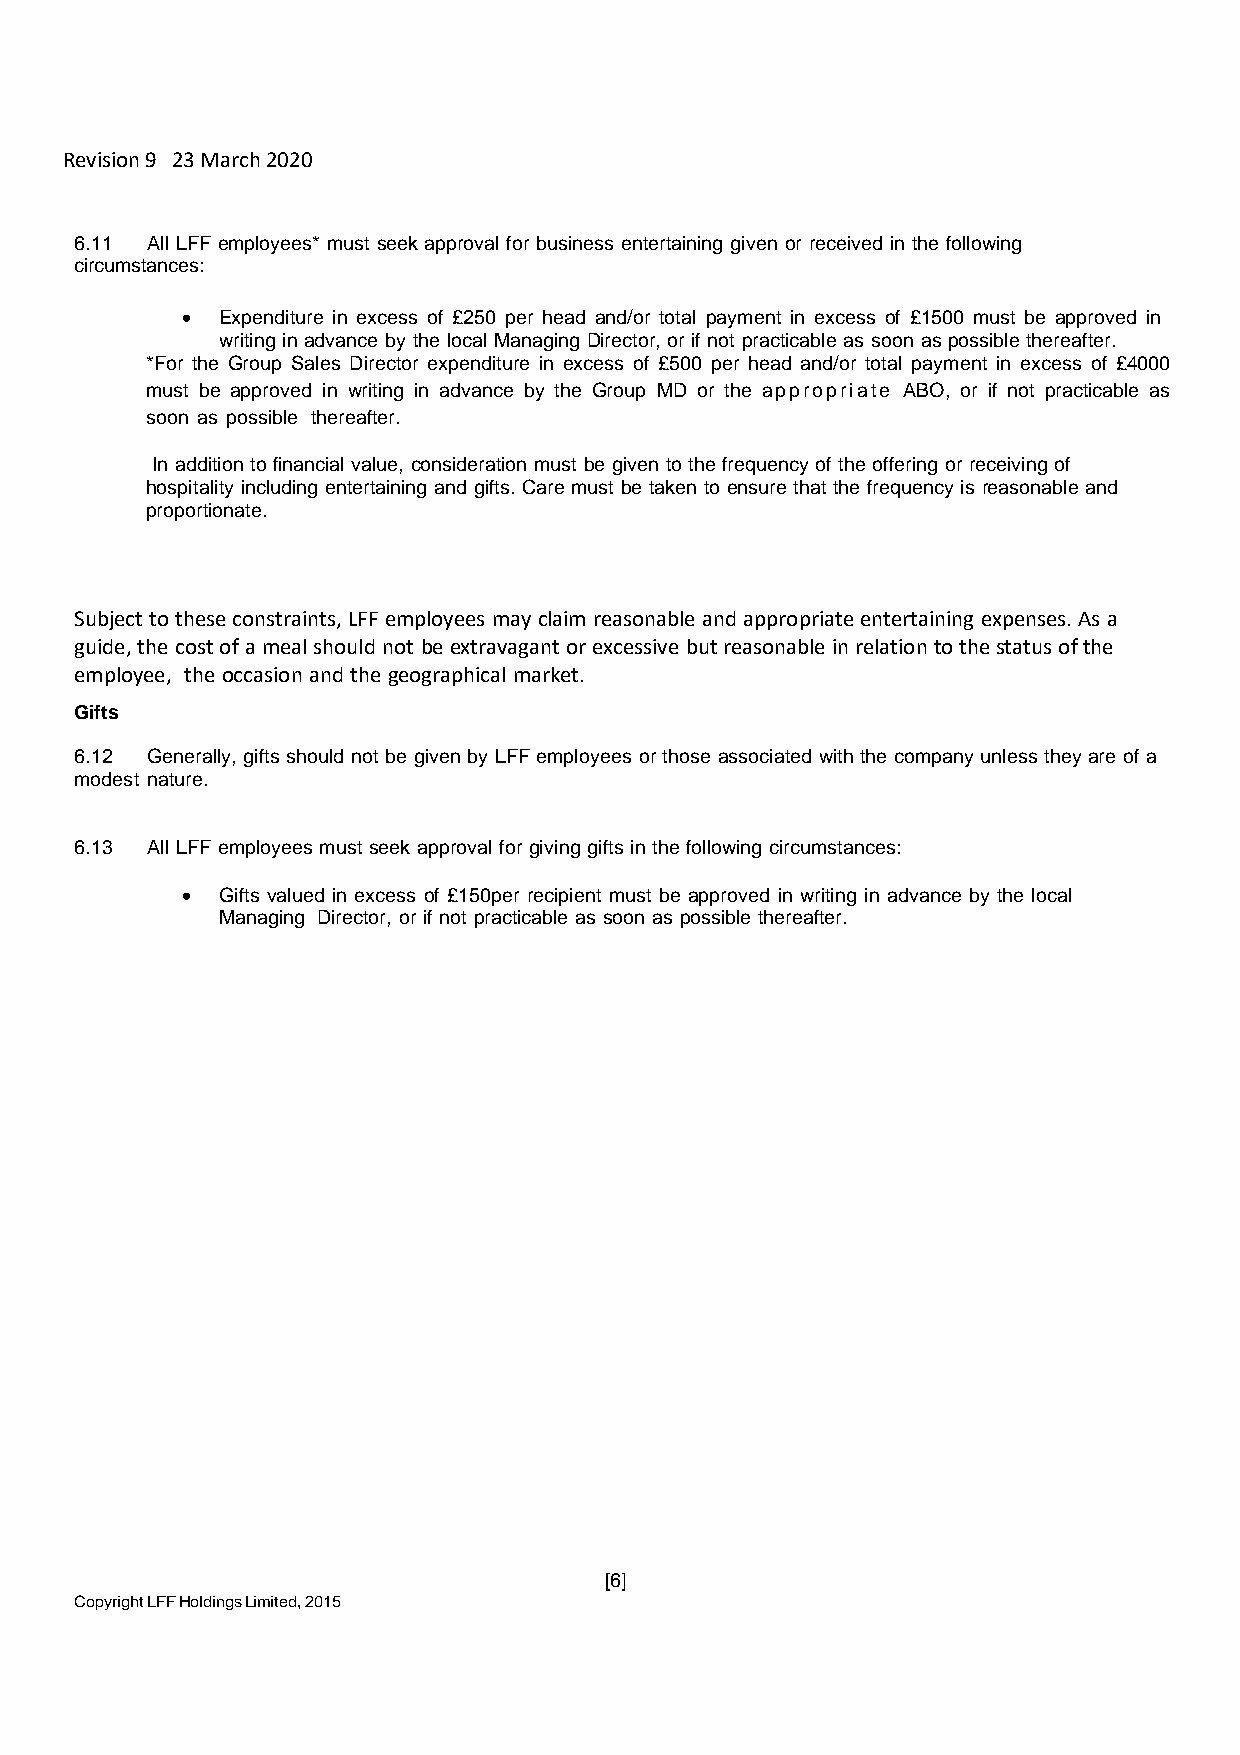
Revision 9 23 March 2020
 6.11 All LFF employees* must seek approval for business entertaining given or received in the following
 circumstances:
 • Expenditure in excess of £250 per head and/or total payment in excess of £1500 must be approved in
 writing in advance by the local Managing Director, or if not practicable as soon as possible thereafter.
 *For the Group Sales Director expenditure in excess of £500 per head and/or total payment in excess of £4000
 must be approved in writing in advance by the Group MD or the appropriate ABO, or if not practicable as
 soon as possible thereafter.
 In addition to financial value, consideration must be given to the frequency of the offering or receiving of
 hospitality including entertaining and gifts. Care must be taken to ensure that the frequency is reasonable and
 proportionate.
 Subject to these constraints, LFF employees may claim reasonable and appropriate entertaining expenses. As a
 guide, the cost of a meal should not be extravagant or excessive but reasonable in relation to the status of the
 employee, the occasion and the geographical market.
 Gifts
 6.12 Generally, gifts should not be given by LFF employees or those associated with the company unless they are of a
 modest nature.
 6.13 All LFF employees must seek approval for giving gifts in the following circumstances:
 • Gifts valued in excess of £150per recipient must be approved in writing in advance by the local
 Managing Director, or if not practicable as soon as possible thereafter.
 [6]
 Copyright LFF Holdings Limited, 2015